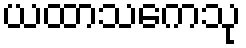
ယထာသကေသု